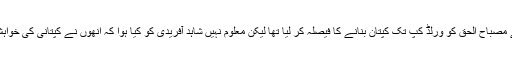
کرکٹ بورڈ نے مصباح الحق کو ورلڈ کپ تک کپتان بنانے کا فیصلہ کر لیا تھا لیکن معلوم نہیں شاہد آفریدی کو کیا ہوا کہ انھوں نے کپتانی کی خواہش ظاہر کرڈالی۔